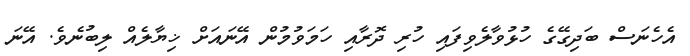
އެހެނަސް ބަދިގޭގެ ހުޅުވާލެވިފައި ހުރި ދޮރާއި ހަމަވުމުން އޭނައަށް ޚިޔާލެއް ލިބުނެވެ. އޭނަ